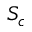
S _ { c }